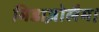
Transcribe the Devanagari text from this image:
मिडाज़ोलैम।